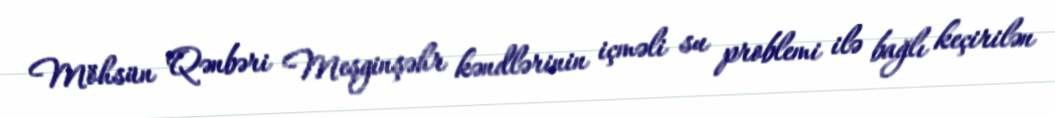
Möhsün Qənbəri Meşginşəhr kəndlərinin içməli su problemi ilə bağlı keçirilən